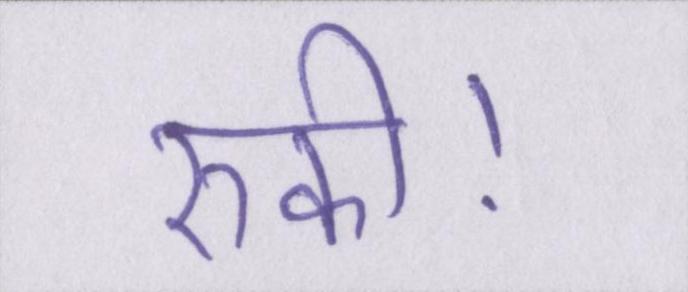
रुकी।